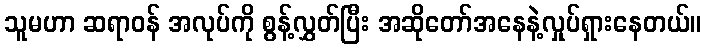
သူမဟာ ဆရာဝန် အလုပ်ကို စွန့်လွှတ်ပြီး အဆိုတော်အနေနဲ့လှုပ်ရှားနေတယ်။